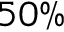
5 0 \%